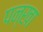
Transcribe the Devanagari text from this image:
पन्खा